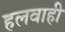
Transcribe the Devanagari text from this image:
हलवाही